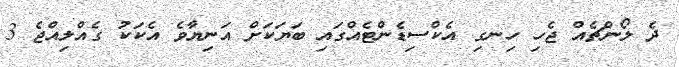
ދެ ލޯންޗެއް ޖެހި ހިނގި އެކްސިޑެންޓެއްގައި ބަޔަކަށް އަނިޔާވެ އެކަކު ގެއްލިއްޖެ 3